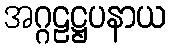
အဂ္ဂဠဋ္ဌပနာယ